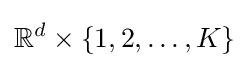
\mathbb {R} ^{d}\times \{1,2,\dots ,K\}